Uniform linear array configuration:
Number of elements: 32
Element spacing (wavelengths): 1
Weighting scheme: uniform
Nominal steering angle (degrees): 30
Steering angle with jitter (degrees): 28.237
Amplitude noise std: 0.05
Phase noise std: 0.05

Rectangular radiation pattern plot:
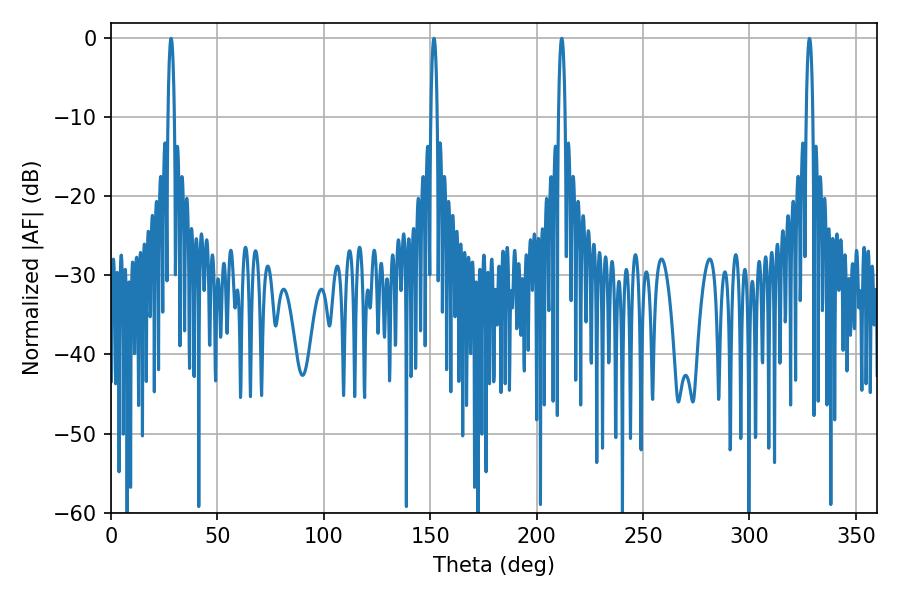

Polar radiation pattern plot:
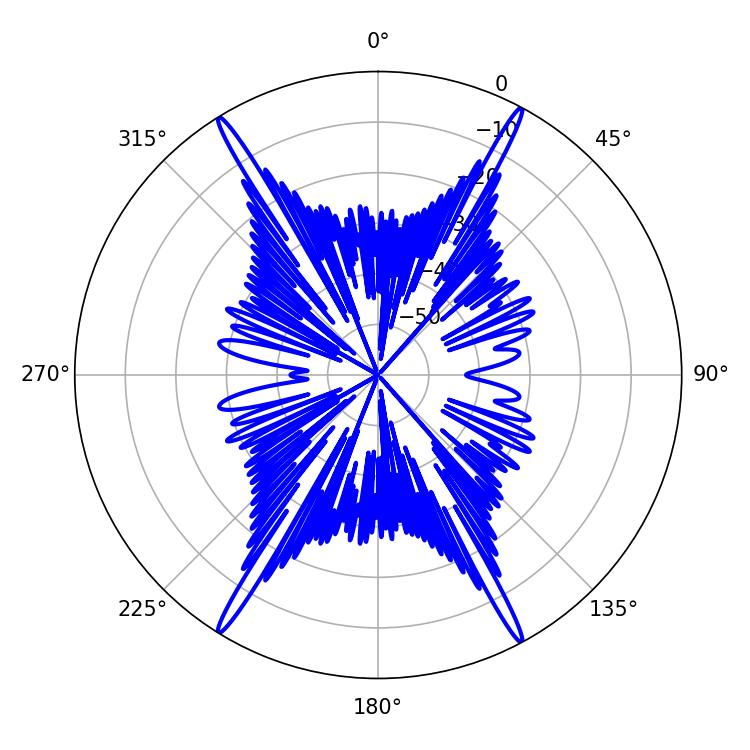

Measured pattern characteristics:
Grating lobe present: TRUE
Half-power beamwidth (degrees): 1.62
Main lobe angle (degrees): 28.26